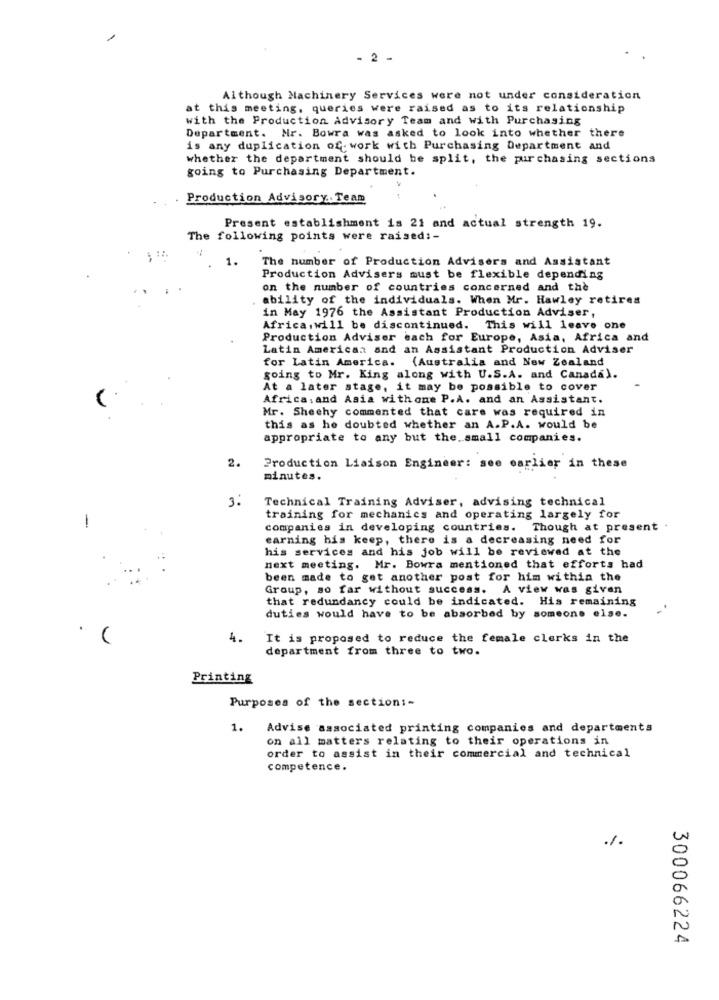
- 2 -
Although Machinery Services were not under consideration
at this meeting, queries were raised as to its relationship
with the Production Advisory Team and with Purchasing
Department. Mr. Bowra was asked to look into whether there
is any duplication of- work with Purchasing Department and
whether the department should be split, the purchasing sections
going to Purchasing Department.
Production Advisory .. Team
Present establishment is 21 and actual strength 19.
The following points were raised :-
1.
The number of Production Advisers and Assistant
Production Advisers must be flexible depending
on the number of countries concerned and the
ability of the individuals. When Mr. Hawley retires
in May 1976 the Assistant Production Adviser,
Africa .will be discontinued. This will leave one
Production Adviser each for Europe, Asia, Africa and
Latin American and an Assistant Production Adviser
for Latin America. (Australia and New Zealand
going to Mr. King along with U.S.A. and Canada).
At a later stage, it may be possible to cover
Africa: and Asia withone P.A. and an Assistant.
Mr. Sheehy commented that care was required in
this as he doubted whether an A.P.A. would be
appropriate to any but the small companies.
2.
Production Liaison Engineer: see earlier in these
minutes.
3.
Technical Training Adviser, advising technical
training for mechanics and operating largely for
-
companies in developing countries. Though at present
earning his keep, there is a decreasing need for
his services and his job will be reviewed at the
next meeting. Mr. Bowra mentioned that efforts had
been made to get another post for him within the
Group, so far without success. A view was given
that redundancy could be indicated. His remaining
duties would have to be absorbed by someone else.
4.
It is proposed to reduce the female clerks in the
department from three to two.
Printing
Purposes of the section :-
1. Advise associated printing companies and departments
on all matters relating to their operations in
order to assist in their commercial and technical
competence.
300066224